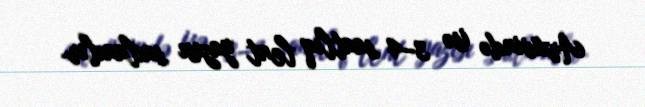
Arxivində isə 3–4 saatlıq lent yazısı saxlanılır.